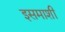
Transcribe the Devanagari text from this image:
इसमाशी